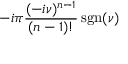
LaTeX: - i \pi { \frac { ( - i \nu ) ^ { n - 1 } } { ( n - 1 ) ! } } \operatorname { s g n } ( \nu )